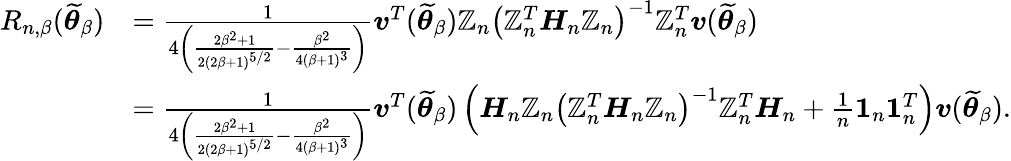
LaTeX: \begin{array}{rl}{R_{n,\beta}(\widetilde{\boldsymbol{\theta}}_{\beta})}&{=\frac{1}{4\left(\frac{2\beta^{2}+1}{2(2\beta+1)^{5/2}}-\frac{\beta^{2}}{4(\beta+1)^{3}}\right)}\boldsymbol{v}^{T}(\widetilde{\boldsymbol{\theta}}_{\beta})\mathbb{Z}_{n}\left(\mathbb{Z}_{n}^{T}\boldsymbol{H}_{n}\mathbb{Z}_{n}\right)^{-1}\mathbb{Z}_{n}^{T}\boldsymbol{v}(\widetilde{\boldsymbol{\theta}}_{\beta})}\\ &{=\frac{1}{4\left(\frac{2\beta^{2}+1}{2(2\beta+1)^{5/2}}-\frac{\beta^{2}}{4(\beta+1)^{3}}\right)}\boldsymbol{v}^{T}(\widetilde{\boldsymbol{\theta}}_{\beta})\left(\boldsymbol{H}_{n}\mathbb{Z}_{n}\left(\mathbb{Z}_{n}^{T}\boldsymbol{H}_{n}\mathbb{Z}_{n}\right)^{-1}\mathbb{Z}_{n}^{T}\boldsymbol{H}_{n}+\frac{1}{n}\boldsymbol{1}_{n}\boldsymbol{1}_{n}^{T}\right)\boldsymbol{v}(\widetilde{\boldsymbol{\theta}}_{\beta}).}\end{array}